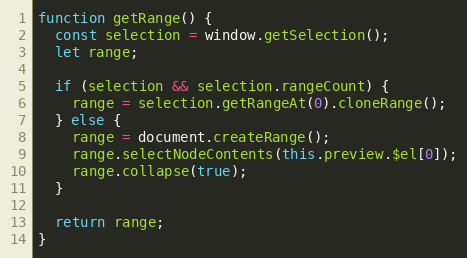
Language: JavaScript
function getRange() {
  const selection = window.getSelection();
  let range;

  if (selection && selection.rangeCount) {
    range = selection.getRangeAt(0).cloneRange();
  } else {
    range = document.createRange();
    range.selectNodeContents(this.preview.$el[0]);
    range.collapse(true);
  }

  return range;
}